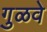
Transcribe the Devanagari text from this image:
गुळवे